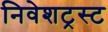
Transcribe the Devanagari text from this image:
निवेशट्रस्ट